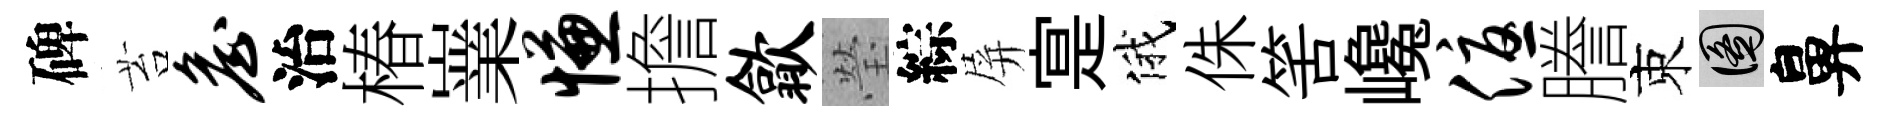
碑苔詹治椿嶪慊擔歙瑩綜屏寔俄侏筈巉优謄束圖鼻